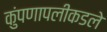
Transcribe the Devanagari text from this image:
कुंपणापलीकडले